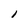
Character: 1